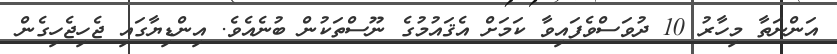
އަންނަތާ މިހާރު 10 ދުވަސްވެފައިވާ ކަމަށް އެޤައުމުގެ ނޫސްތަކުން ބުނެއެވެ. އިންޑިޔާގައި ޖެހިޖެހިގެން